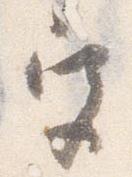
宮